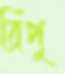
রিপু